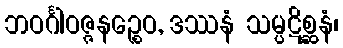
ဘဝင်္ဂါဝဇ္ဇနဉ္စေဝ, ဒဿနံ သမ္ပဋိစ္ဆနံ၊